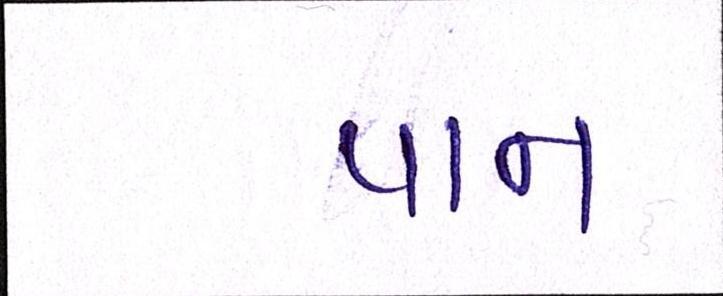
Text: પાન